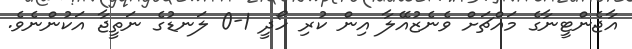
އާޖެންޓީނާގެ މައްޗަށް ވެނެޒުއޭލާ އިން ކުރި ހޯދީ 1-0 ލަނޑުގެ ނަތީޖާ އަކުންނެވެ.